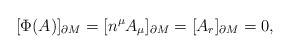
\begin{align*}[\Phi(A)]_{\partial M}=[n^{\mu}A_{\mu}]_{\partial M}=[A_{r}]_{\partial M}=0,\end{align*}